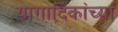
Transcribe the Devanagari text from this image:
यागादिकांच्या